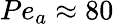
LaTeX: Pe_{a}\approx 80